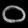
Digit: ၀